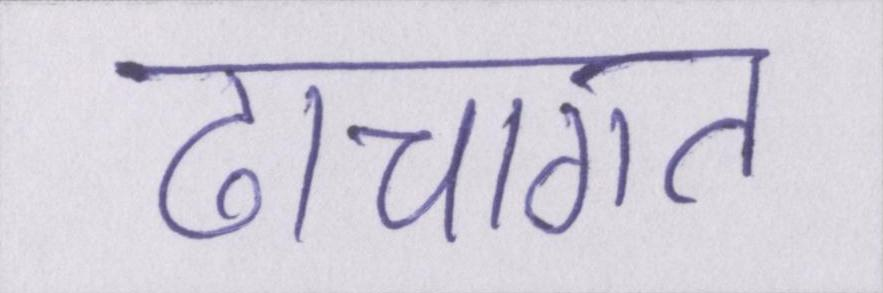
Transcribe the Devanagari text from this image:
ढांचागत